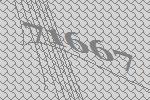
71667